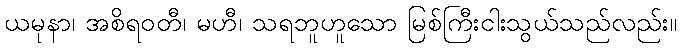
ယမုနာ၊ အစိရဝတီ၊ မဟီ၊ သရဘူဟူသော မြစ်ကြီးငါးသွယ်သည်လည်း။